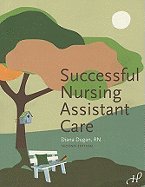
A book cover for Successful Nursing Assistant Care 2ND EDITION; Medical Books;